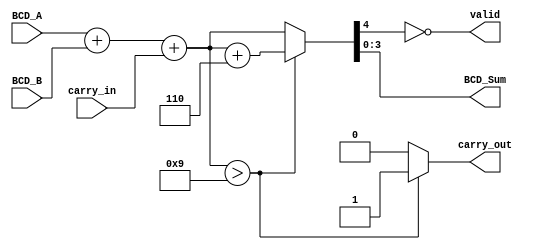
module BCD_Redundant_Binary_Adder (
    input  wire [3:0] BCD_A,      // 4-bit BCD representation of the first operand
    input  wire [3:0] BCD_B,      // 4-bit BCD representation of the second operand
    input  wire carry_in,          // 1-bit input carry
    output reg  [3:0] BCD_Sum,     // 4-bit output representing the BCD sum
    output reg  carry_out,         // 1-bit output carry indicating overflow
    output reg  valid              // 1-bit output indicating if the BCD sum is valid
);

    // Internal signals
    wire [4:0] sum;               // 5-bit sum to hold intermediate results
    wire [4:0] corrected_sum;     // 5-bit corrected sum after adding 6 if necessary

    // Step 1: Convert BCD inputs to redundant binary and perform addition
    assign sum = BCD_A + BCD_B + carry_in;

    // Step 2: Check for overflow (valid BCD range is 0-9)
    always @(*) begin
        if (sum > 9) begin
            corrected_sum = sum + 5'd6; // Add 6 for correction
            carry_out = 1'b1;            // Set carry out
        end else begin
            corrected_sum = sum;         // No correction needed
            carry_out = 1'b0;            // No carry out
        end

        // Step 3: Assign the corrected sum to BCD_Sum
        BCD_Sum = corrected_sum[3:0];    // Take the lower 4 bits as the result

        // Step 4: Determine validity of the BCD sum
        valid = (corrected_sum[4] == 1'b0); // Valid if there is no overflow in the 5th bit
    end

endmodule